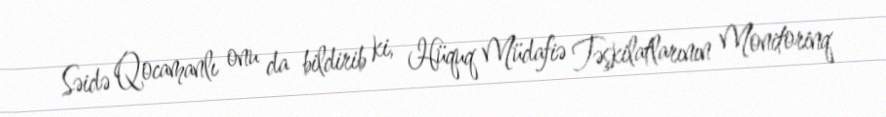
Səidə Qocamanlı onu da bildirib ki, Hüquq Müdafiə Təşkilatlarının Monitorinq